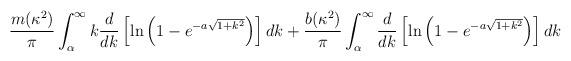
LaTeX: \begin{align*}\frac{m(\kappa^2)}{\pi}\int_{\alpha}^{\infty}k\frac{d}{dk}\left[\ln\left(1-e^{-a\sqrt{1+k^2}}\right)\right]dk+ \frac{b(\kappa^2)}{\pi}\int_{\alpha}^{\infty}\frac{d}{dk}\left[\ln\left(1-e^{-a\sqrt{1+k^2}}\right)\right]dk\end{align*}